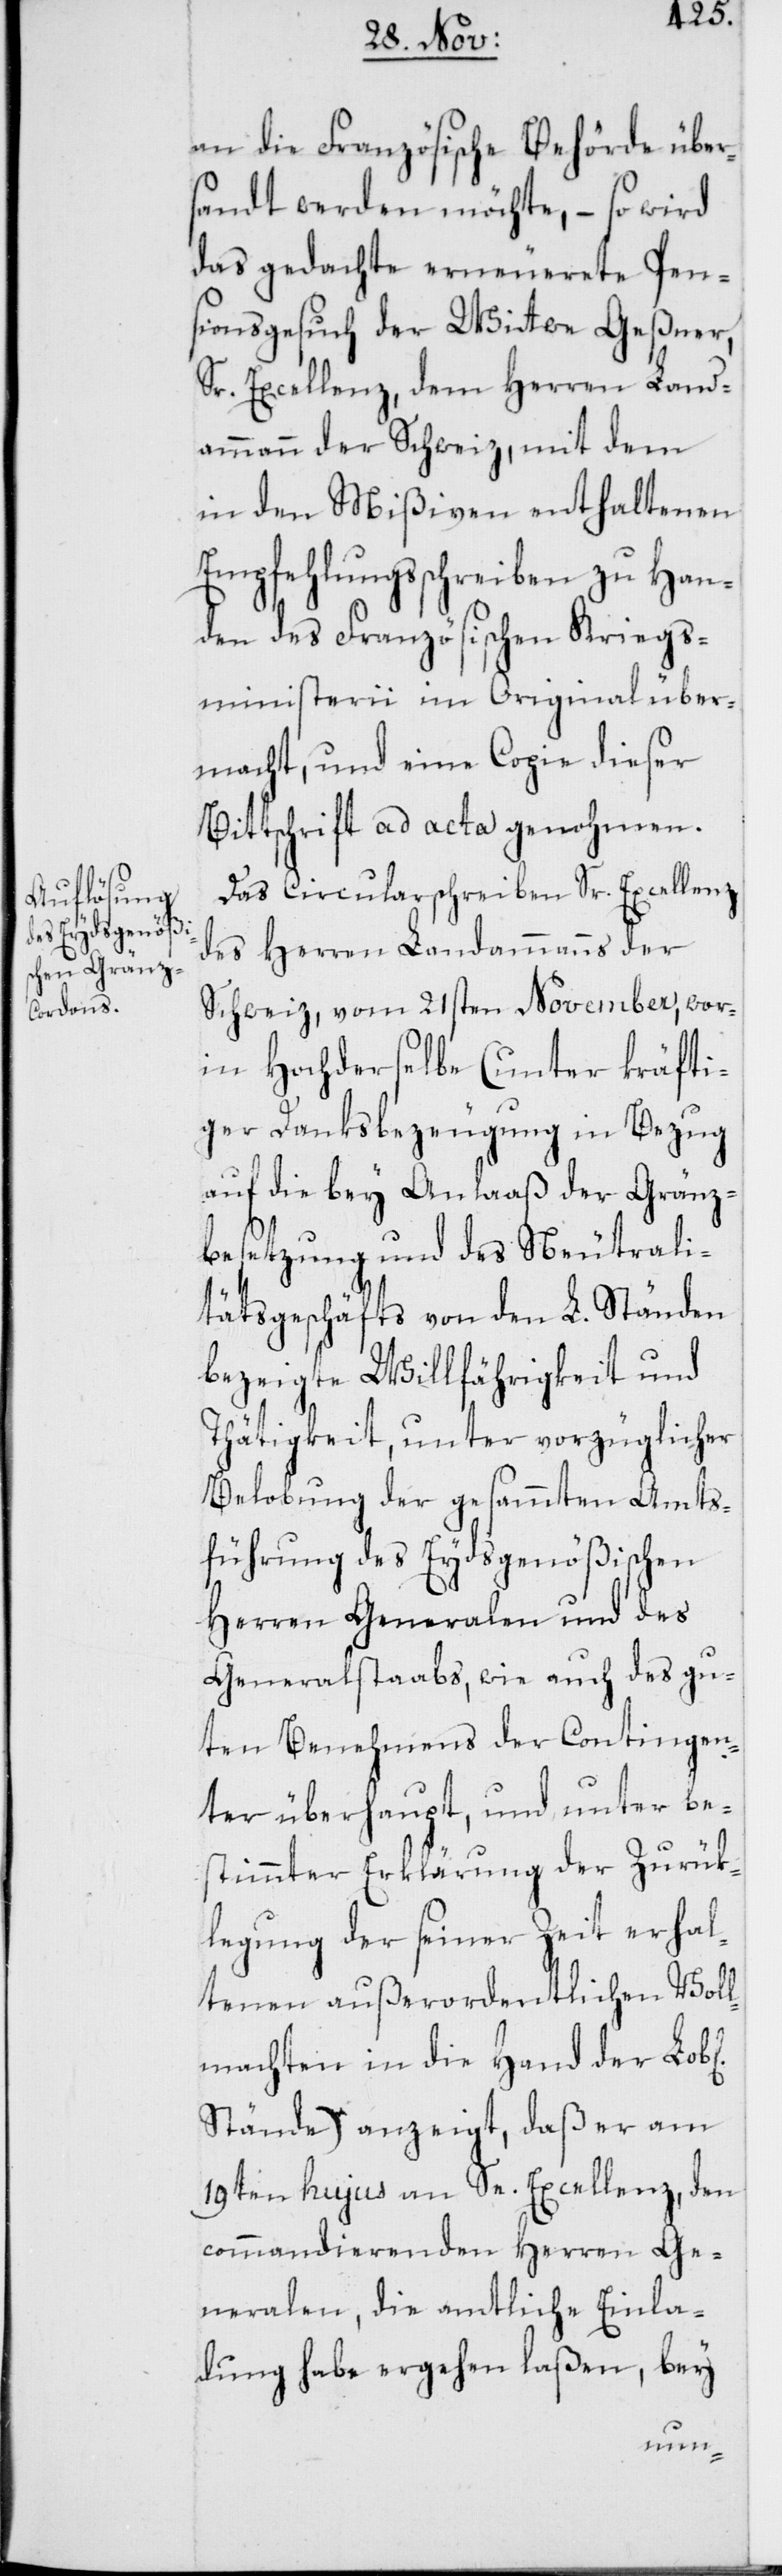
an die Französische Behörde über¬
sandt werden möchte, – so wird
das gedachte erneuerete Pen¬
sionsgesuch der Wittwe Geßner,
Sr. Excellenz, dem Herren Land¬
ammann der Schweiz, mit dem
in den Mißiven enthaltenen
Empfehlungsschreiben zu Han¬
den des Französischen Kriegs¬
ministerii im Original über¬
macht, und eine Copie dieser
Bittschrift ad acta genohmen.
Das Circularschreiben Sr. Excellenz
des Herren Landammanns der
Schweiz, vom 21sten November, wor¬
inn Hochderselbe (unter kräfti¬
ger Danksbezeugung in Bezug
auf die bey Anlaaß der Gränz¬
besetzung und des Neutrali¬
tätsgeschäfts von den L. Ständen
bezeigte Willfährigkeit und
Thätigkeit, unter vorzüglicher
Belobung der gesammten Amts¬
führung des Eydsgenößischen
Herren Generalen und des
Generalstaabs, wie auch des gu¬
ten Benehmens der Contingen¬
ter überhaupt, und unter be¬
stimmter Erklärung der Zurük¬
legung der seiner Zeit erhal¬
tenen außerordentlichen Voll¬
machten in die Hand der Lob[l¬
Stände) anzeigt, daß er am
19ten hujus an Se. Excellenz, den
commandierenden Herren Ge¬
neralen, die amtliche Einla¬
dung habe ergehen laßen, bey
ichen]